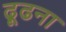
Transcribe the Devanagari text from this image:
ढ़ूढना